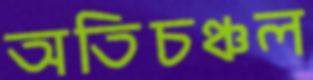
অতিচঞ্চল